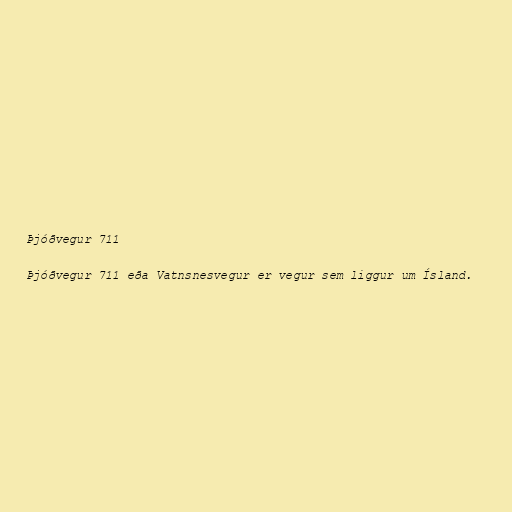
Þjóðvegur 711

Þjóðvegur 711 eða Vatnsnesvegur er vegur sem liggur um Ísland.